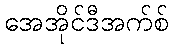
အေအိုင်ဒီအက်စ်